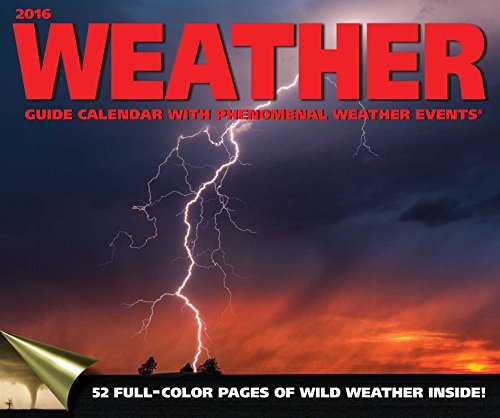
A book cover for Weather Guide 2016 Wall Calendar; Accord Publishing; Calendars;